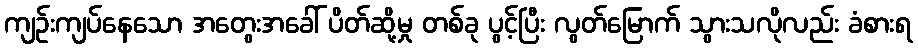
ကျဉ်းကျပ်နေသော အတွေးအခေါ် ပိတ်ဆို့မှု တစ်ခု ပွင့်ပြီး လွတ်မြောက် သွားသလိုလည်း ခံစားရ